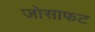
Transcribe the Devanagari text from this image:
जोसाफट